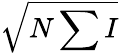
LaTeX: \sqrt{N\sum I}